Vaccination North-Western Provinces and Oudh 1896-1901 - 1896-1901
Year: 1896
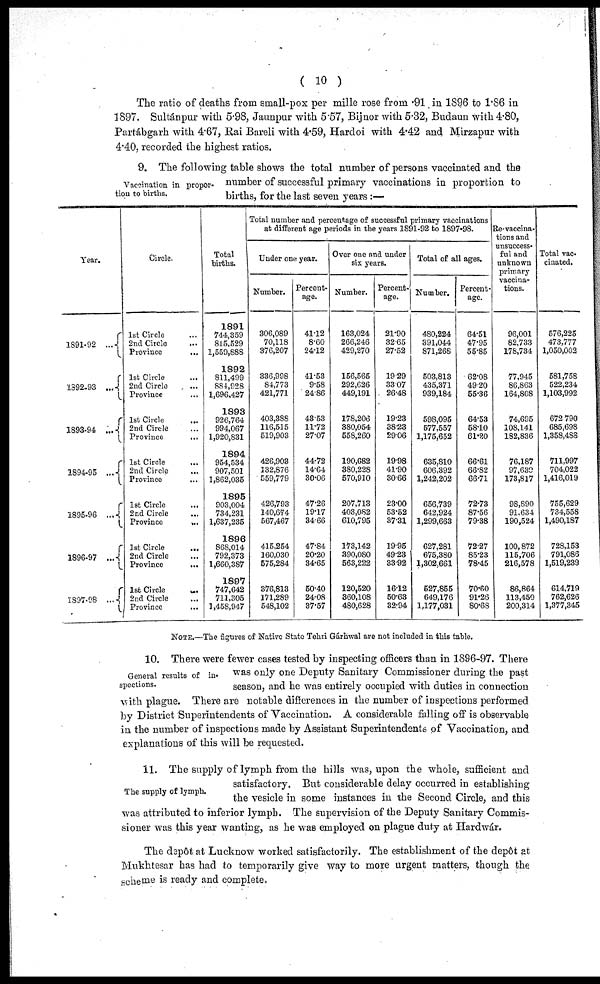
( 10 )
The ratio of deaths from small-pox per mille rose from .91 in 1896 to 1.86 in
1897. Sultánpur with 5.98, Jaunpur with 5.57, Bijnor with 5.32, Budaun with 4.80,
Partábgarh with 4.67, Rai Bareli with 4.59, Hardoi with 4.42 and Mirzapur with
4.40, recorded the highest ratios.
Vaccination in propor¬
tion to births.
9. The following table shows the total number of persons vaccinated and the
number of successful primary vaccinations in proportion to
births, for the last seven years :—
Year.
1891-92 ...
1892-93 ...
1893-94 ...
1894-95 ...
1895-96 ...
1896-97 ...
1897-98 ...
Circle.
1st Circle ...
2nd Circle
...
Province ...
1st Circle ...
2nd Circle ...
Province ...
1st Circle
...
2nd Circle ...
Province
...
1st Circle ...
2nd Circle ...
Province ...
1st Circle
...
2nd Circle
...
Province
...
1st Circle
...
2nd Circle ...
Province
...
1st Circle
...
2nd Circle
...
Province ...
Total
births.
1891
744,359
815,529
1,559,888
1892
811,499
884,928
1,696,427
1893
926,764
994,067
1,920,831
1894
954,534
907,501
1,862,035
1895
903,004
734,231
1,637,235
1896
868,014
792,373
1,660,387
1897
747,642
711,305
1,458,947
Total number and percentage of successful primary vaccinations
at different age periods in the years 1891-92 to 1897-98.
Under one year.
Number.
306,089
70,118
376,207
336,998
84,773
421,771
403,388
116,515
519,903
426,903
132,876
559,779
426,793
140,674
567,467
415,254
160,030
575,284
376,813
171,289
548,102
Percent-
age.
41.12
8.60
24.12
41.53
9.58
24.86
43.53
11.72
27.07
44.72
14.64
30.06
47.26
19.17
34.66
47.84
20.20
34.65
50.40
24.08
37.57
Over one and under
six years.
Number.
163,024
266,246
429,270
156,565
292,626
449,191
178,206
380,054
558,260
190,682
380,228
570,910
207,713
403,082
610,795
173,142
390,080
563,222
120,520
360,108
480,628
Percent-
age.
21.90
32.65
27.52
19.29
33.07
26.48
19.23
38.23
29.06
19.98
41.90
30.66
23.00
53.52
37.31
19.95
49.23
33.92
16.12
50.63
32.94
Total of all ages.
Number.
480,224
391,044
871,268
503,813
435,371
939,184
598,095
577,557
1,175,652
635,810
606,392
1,242,202
656,739
642,924
1,299,663
627,281
675,380
1,302,661
527,855
649,176
1,177,031
Percent-
age.
64.51
47.95
55.85
62.08
49.20
55.36
64.53
58.10
61.20
66.61
66.82
66.71
72.73
87.56
79.38
72.27
85.23
78.45
70.60
91.26
80.68
Re-vaccina¬
tions and
unsuccess-
ful and
unknown
primary
vaccina-
tions.
96,001
82,733
178,734
77,945
86,863
164,808
74,695
108,141
182,836
76,187
97,630
173,817
98,890
91,634
190,524
100,872
115,706
216,578
86,864
113,450
200,314
Total vac-
cinated.
576,225
473,777
1,050,002
581,758
522,234
1,103,992
672,790
685,698
1,358,488
711,997
704,022
1,416,019
755,629
734,558
1,490,187
728,153
791,086
1,519,239
614,719
762,626
1,377,345
NOTE.—The figures of Native State Tehri Gárhwal are not included in this table.
General results of in-
spections.
10. There were fewer cases tested by inspecting officers than in 1896-97. There
was only one Deputy Sanitary Commissioner during the past
season, and he was entirely occupied with duties in connection
with plague. There are notable differences in the number of inspections performed
by District Superintendents of Vaccination. A considerable falling off is observable
in the number of inspections made by Assistant Superintendents of Vaccination, and
explanations of this will be requested.
The supply of lymph.
11. The supply of lymph from the hills was, upon the whole, sufficient and
satisfactory. But considerable delay occurred in establishing
the vesicle in some instances in the Second Circle, and this
was attributed to inferior lymph. The supervision of the Deputy Sanitary Commis-
sioner was this year wanting, as he was employed on plague duty at Hardwár.
The depôt at Lucknow worked satisfactorily. The establishment of the depôt at
Mukhtesar has had to temporarily give way to more urgent matters, though the
scheme is ready and complete.